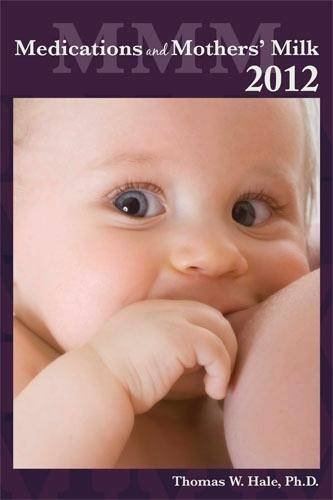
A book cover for Medications and Mothers' Milk; Thomas Hale; Medical Books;